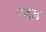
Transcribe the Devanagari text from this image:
रद्दड